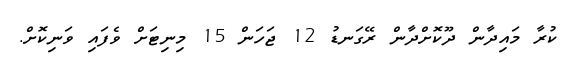
ކުރާ މައިދާން ދޫކޮށްދާން ރޭގަނޑު 12 ޖަހަން 15 މިނިޓަށް ވެފައި ވަނިކޮށް.